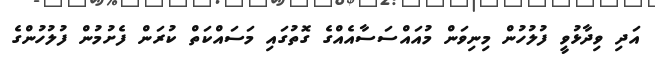
އަދި ވިދާޅުވީ ފުލުހުން މިނިވަން މުއައްސަސާއެއްގެ ގޮތުގައި މަސައްކަތް ކުރަން ފެށުމުން ފުލުހުންގެ